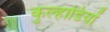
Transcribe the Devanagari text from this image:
कुल्हाडियों